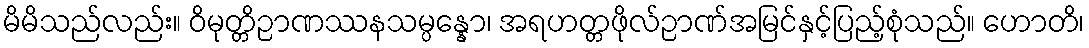
မိမိသည်လည်း။ ဝိမုတ္တိဉာဏဿနသမ္ပန္နော၊ အရဟတ္တဖိုလ်ဉာဏ်အမြင်နှင့်ပြည့်စုံသည်။ ဟောတိ၊